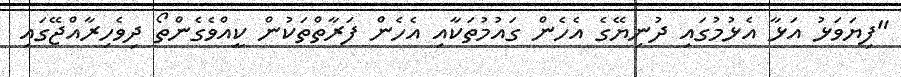
"ފިޔަވަޅު އަޅާ އެޅުމުގައި ދުނިޔޭގެ އެހެން ގައުމުތަކާއި އެހެން ފަރާތްތަކުން ކީއްވެގެންތޯ ދިވެހިރާއްޖޭގައި